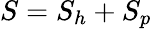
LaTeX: S=S_{h}+S_{p}